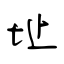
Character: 址